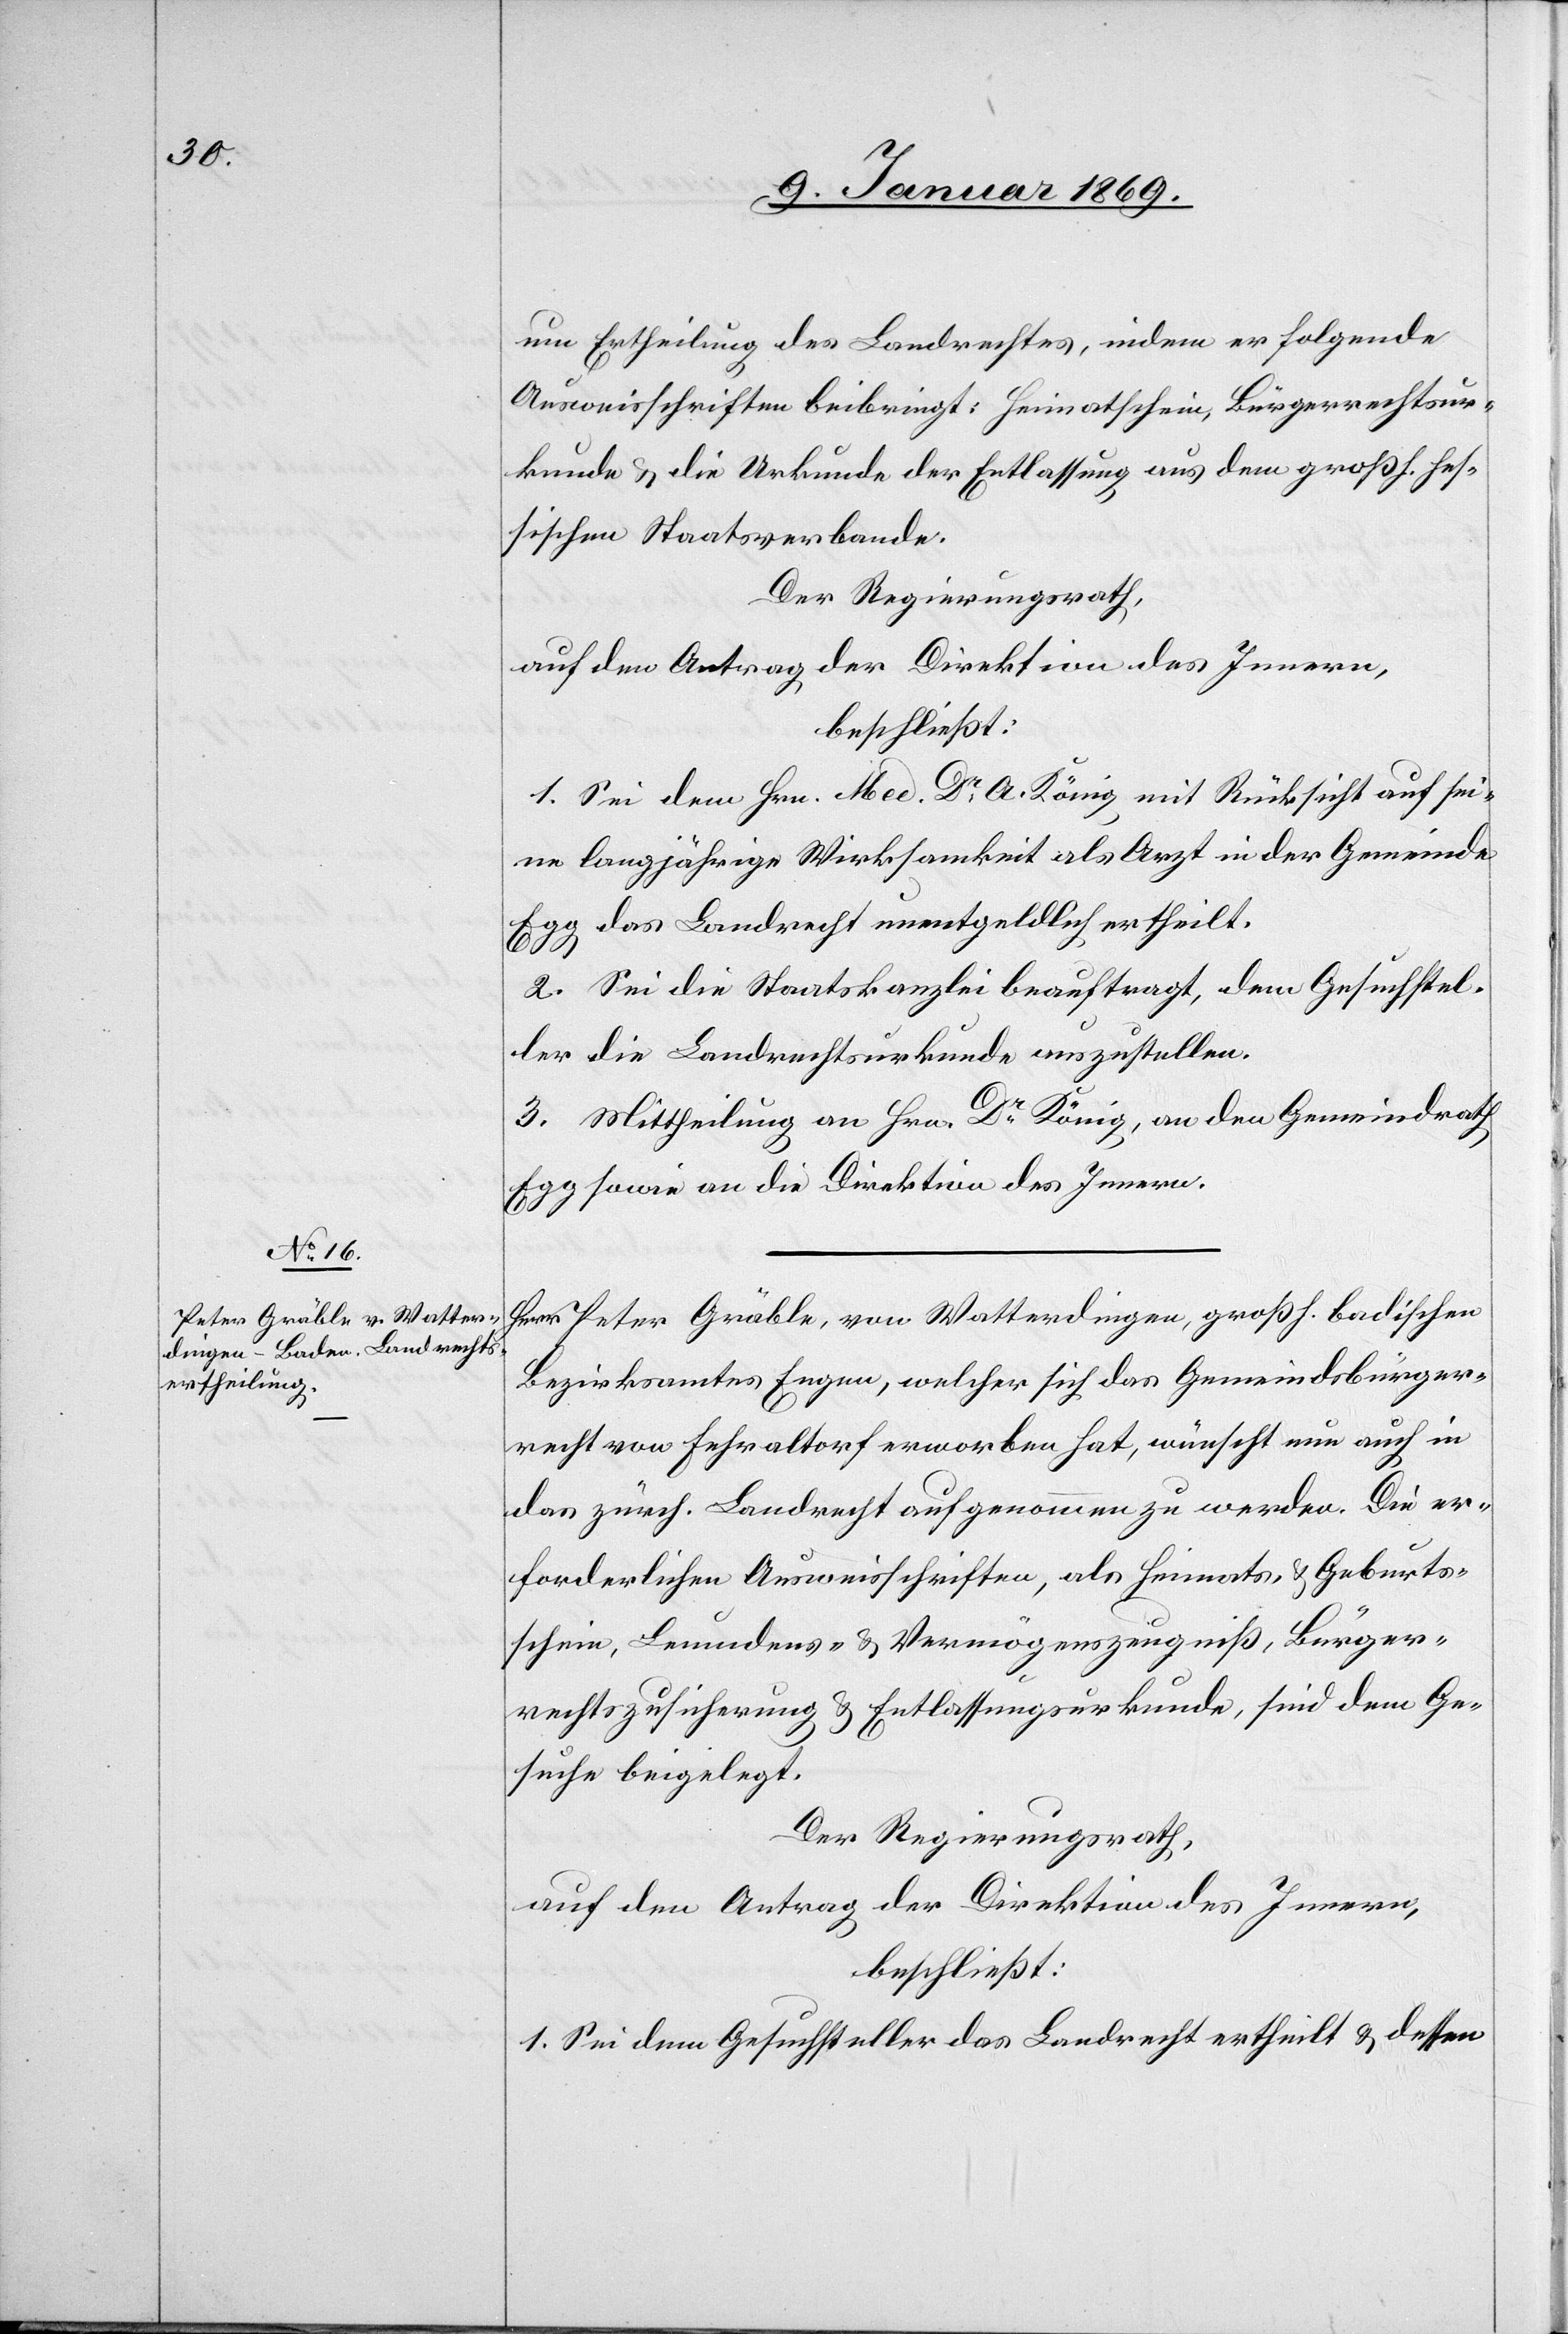
um Ertheilung des Landrechtes, indem er folgende
Ausweisschriften beibringt: Heimatschein, Bürgerrechtsur¬
kunde & die Urkunde der Entlassung aus dem großh. hes¬
sischen Staatsverbande.
Der Regierungsrath,
auf den Antrag der Direktion des Innern,
beschließt:
1. Sei dem Hrn. Med. Dr A. König mit Rücksicht auf sei¬
ne langjährige Wirksamkeit als Arzt in der Gemeinde
Egg das Landrecht unentgeldlich ertheilt.
2. Sei die Staatskanzlei beauftragt, dem Gesuchstel¬
ler die Landrechtsurkunde auszustellen.
3. Mittheilung an Hrn. Dr König, an den Gemeindrath
Egg sowie an die Direktion des Innern.
Herr Peter Gräble, von Watterdingen, großh. badischen
Bezirksamtes Engen, welcher sich das Gemeindsbürger¬
recht von Fehraltorf erworben hat, wünscht nun auch in
das zürch. Landrecht aufgenommen zu werden. Die er¬
forderlichen Ausweisschriften, als Heimats- & Geburts¬
schein, Leumdens- & Vermögenszeugniß, Bürger¬
rechtszusicherung & Entlassungsurkunde, sind dem Ge¬
suche beigelegt.
Der Regierungsrath,
auf den Antrag der Direktion des Innern,
beschließt:
1. Sei dem Gesuchsteller das Landrecht ertheilt & dessen